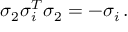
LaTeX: \sigma _ { 2 } \sigma _ { i } ^ { T } \sigma _ { 2 } = - \sigma _ { i } \, .